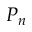
P _ { n }